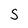
Character: S